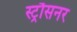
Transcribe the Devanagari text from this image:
स्ट्रौसनर